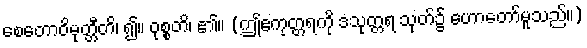
စေတောဝိမုတ္တီတိ၊ ၍။ ဝုစ္စတိ၊ ၏။ (ဤဧကုတ္တရကို ဒသုတ္တရ သုတ်၌ ဟောတော်မူသည်။)